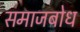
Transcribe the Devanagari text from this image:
समाजबोध